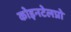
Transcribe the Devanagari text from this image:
कोइनटेलप्रो